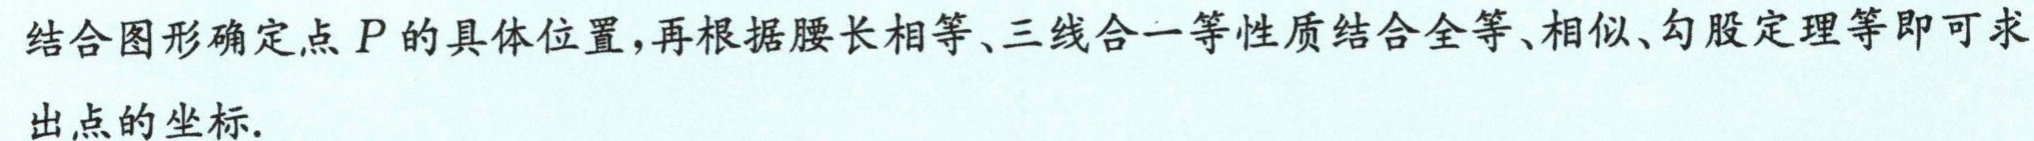
结合图形确定点\(P\)的具体位置,再根据腰长相等、三线合一等性质结合全等、相似、勾股定理等即可求出点的坐标.